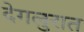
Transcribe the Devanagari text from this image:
देगलुरात